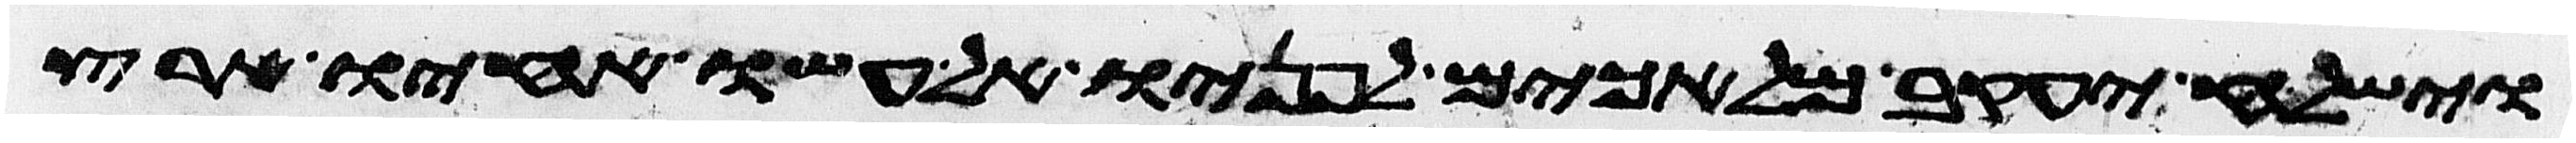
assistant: וישלח יעקב מלאכים לפניו אל עשו אחיו ארץ